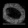
Digit: ၀